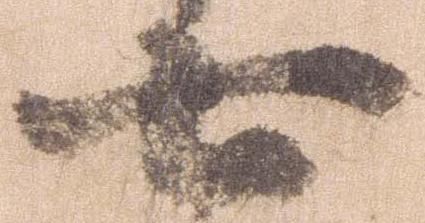
七